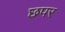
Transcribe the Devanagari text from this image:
छपर